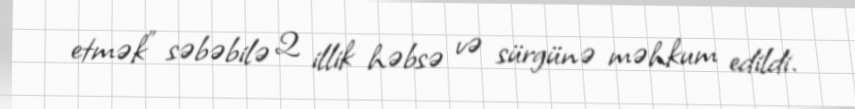
etmək" səbəbilə 2 illik həbsə və sürgünə məhkum edildi.